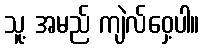
သူ့ အမည် ကျဲလ်ဝှေ့ပါ။